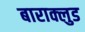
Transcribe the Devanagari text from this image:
बाराक्लुड